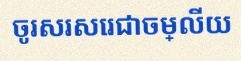
ចូរសរសេរជាចម្លើយ